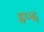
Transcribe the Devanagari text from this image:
इण्द